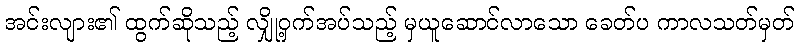
အင်းလျား၏ ထွက်ဆိုသည့် လျှို့ဝှက်အပ်သည့် မှယူဆောင်လာသော ခေတ်ပ ကာလသတ်မှတ်